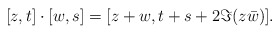
\begin{align*}[z,t]\cdot[w,s]=[z+w,t+s+2\Im(z\bar w)].\end{align*}